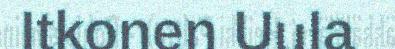
Itkonen Uula